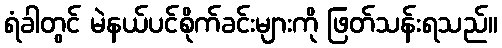
ရံခါတွင် မဲနယ်ပင်စိုက်ခင်းများကို ဖြတ်သန်းရသည်။